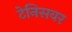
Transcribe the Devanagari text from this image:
टेनिसवर